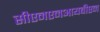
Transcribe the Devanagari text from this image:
सीएनएनआयबीएन